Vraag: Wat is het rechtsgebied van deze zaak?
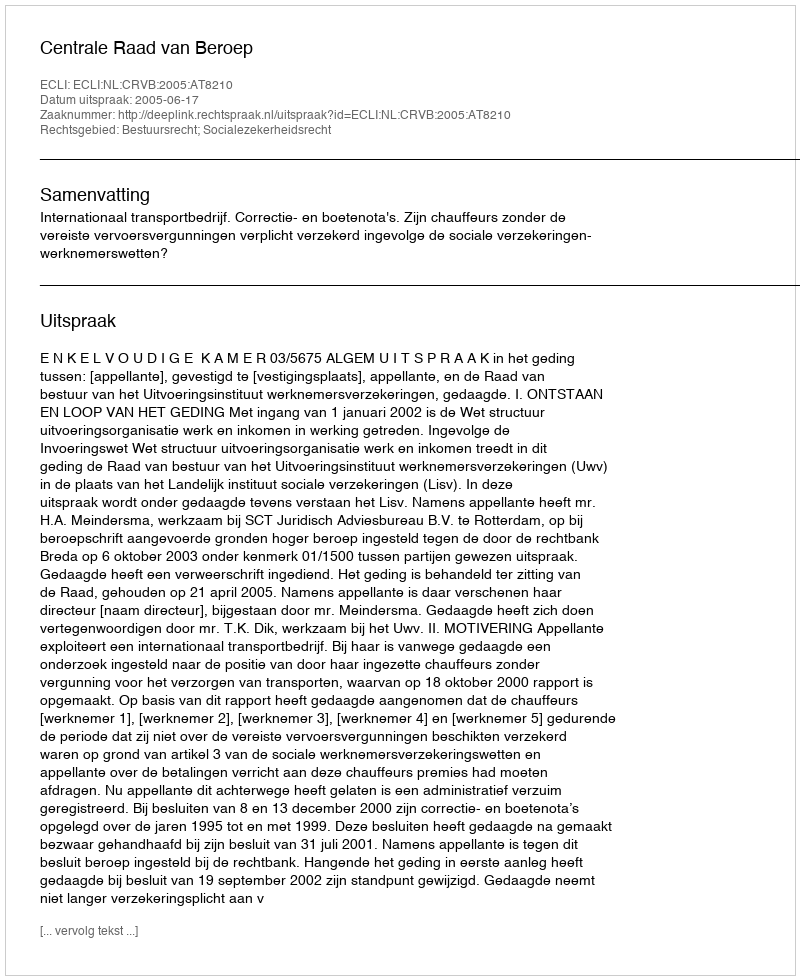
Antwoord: Bestuursrecht; Socialezekerheidsrecht